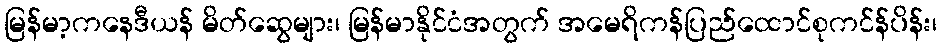
မြန်မာ့ကနေဒီယန် မိတ်ဆွေများ၊ မြန်မာနိုင်ငံအတွက် အမေရိကန်ပြည်ထောင်စုကင်န်ပိန်း၊